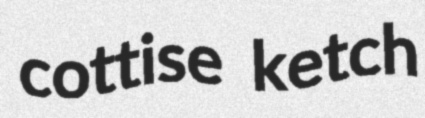
cottise ketch